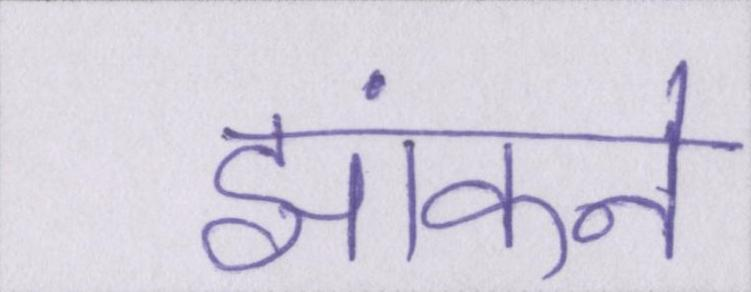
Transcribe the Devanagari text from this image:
झांकने